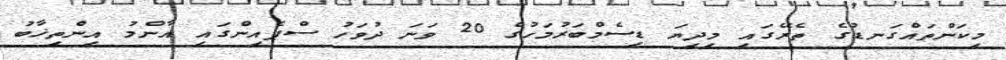
މިކަންތައްގަނޑުގެ ތެރޭގައި މިދިޔަ ޑިސެމްބަރުމަހުގެ 20 ވަނަ ދުވަހު ސްޕެއިންގައި އާންމު އިންތިޚާބު